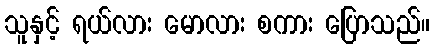
သူနှင့် ရယ်လား မောလား စကား ပြောသည်။